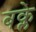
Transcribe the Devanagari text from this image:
बक्ले